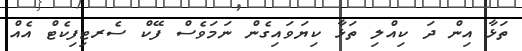
ތަޅާ އިން ދަ ކިއްލި ތަޅާ ކިޔަވައިގެން ނަމަވެސް ފޭކް ސެރޓިފިކެޓް އެއް